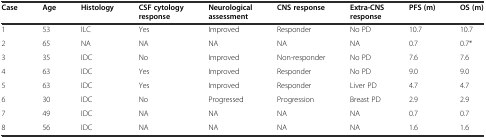
<table><thead><tr><td><b>Case</b></td><td><b>Age</b></td><td><b>Histology</b></td><td><b>CSF cytology response</b></td><td><b>Neurological assessment</b></td><td><b>CNS response</b></td><td><b>Extra-CNS response</b></td><td><b>PFS (m)</b></td><td><b>OS (m)</b></td></tr></thead><tbody><tr><td>1</td><td>53</td><td>ILC</td><td>Yes</td><td>Improved</td><td>Responder</td><td>No PD</td><td>10.7</td><td>10.7</td></tr><tr><td>2</td><td>65</td><td>NA</td><td>NA</td><td>NA</td><td>NA</td><td>NA</td><td>0.7</td><td>0.7*</td></tr><tr><td>3</td><td>35</td><td>IDC</td><td>No</td><td>Improved</td><td>Non-responder</td><td>No PD</td><td>7.6</td><td>7.6</td></tr><tr><td>4</td><td>63</td><td>IDC</td><td>Yes</td><td>Improved</td><td>Responder</td><td>No PD</td><td>9.0</td><td>9.0</td></tr><tr><td>5</td><td>63</td><td>IDC</td><td>Yes</td><td>Improved</td><td>Responder</td><td>Liver PD</td><td>4.7</td><td>4.7</td></tr><tr><td>6</td><td>30</td><td>IDC</td><td>No</td><td>Progressed</td><td>Progression</td><td>Breast PD</td><td>2.9</td><td>2.9</td></tr><tr><td>7</td><td>49</td><td>IDC</td><td>NA</td><td>NA</td><td>NA</td><td>NA</td><td>0.7</td><td>0.7</td></tr><tr><td>8</td><td>56</td><td>IDC</td><td>NA</td><td>NA</td><td>NA</td><td>NA</td><td>1.6</td><td>1.6</td></tr></tbody></table>